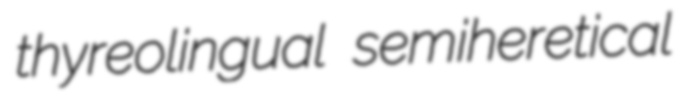
thyreolingual semiheretical